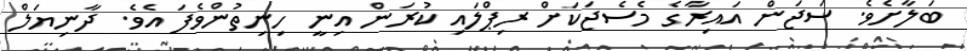
ބަލާށެވެ. ސަޖަން އައިރާގެ މެސެޖަކަށް ރިޕްލައި ކުރަން އިނީ ހިނިތުންވެފަ އެވެ. ދާނިޔަލް